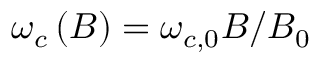
\omega _ { c } \left( B \right) = \omega _ { c , 0 } B / B _ { 0 }